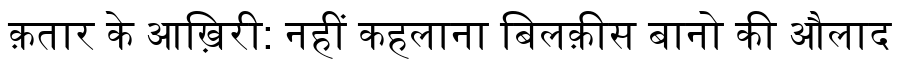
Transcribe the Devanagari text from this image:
क़तार के आख़िरी: नहीं कहलाना बिलक़ीस बानो की औलाद